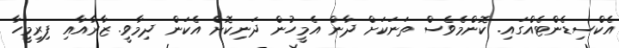
އެކްސިޑެންޓެއްގައި. ކޮންމެވެސް ތަނަކަށް ދާން އެމީހުން ދަނިކޮށް އެކަން ދިމާވީ. ޒާރާއާއި ފިރިމީހާ